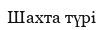
Шахта түрі